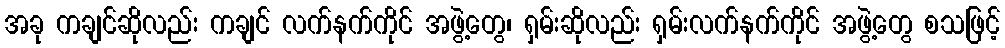
အခု ကချင်ဆိုလည်း ကချင် လက်နက်ကိုင် အဖွဲ့တွေ၊ ရှမ်းဆိုလည်း ရှမ်းလက်နက်ကိုင် အဖွဲ့တွေ စသဖြင့်